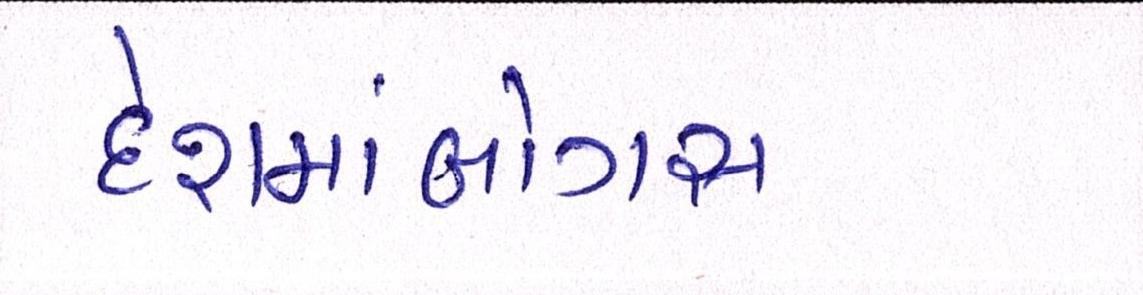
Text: દેશમાંબોગસ